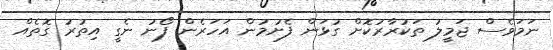
ނަމަވެސް ޖަމީލު ތަކުރާރުކޮށް ގުޅަން ފެށުމުން އަހަރެން ފޯނު ނެގީ އިތުރު ގޮތެއް